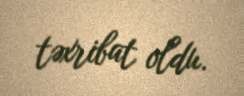
təxribat oldu.